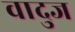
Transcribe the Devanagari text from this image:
वादुज